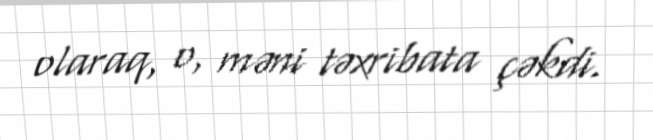
olaraq, o, məni təxribata çəkdi.